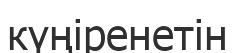
күңіренетін